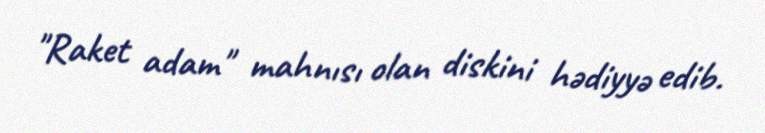
"Raket adam" mahnısı olan diskini hədiyyə edib.